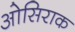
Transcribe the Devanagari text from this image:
ओसिराक